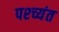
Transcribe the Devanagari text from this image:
पश्च्यंत